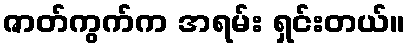
ဇာတ်ကွက်က အရမ်း ရှင်းတယ်။